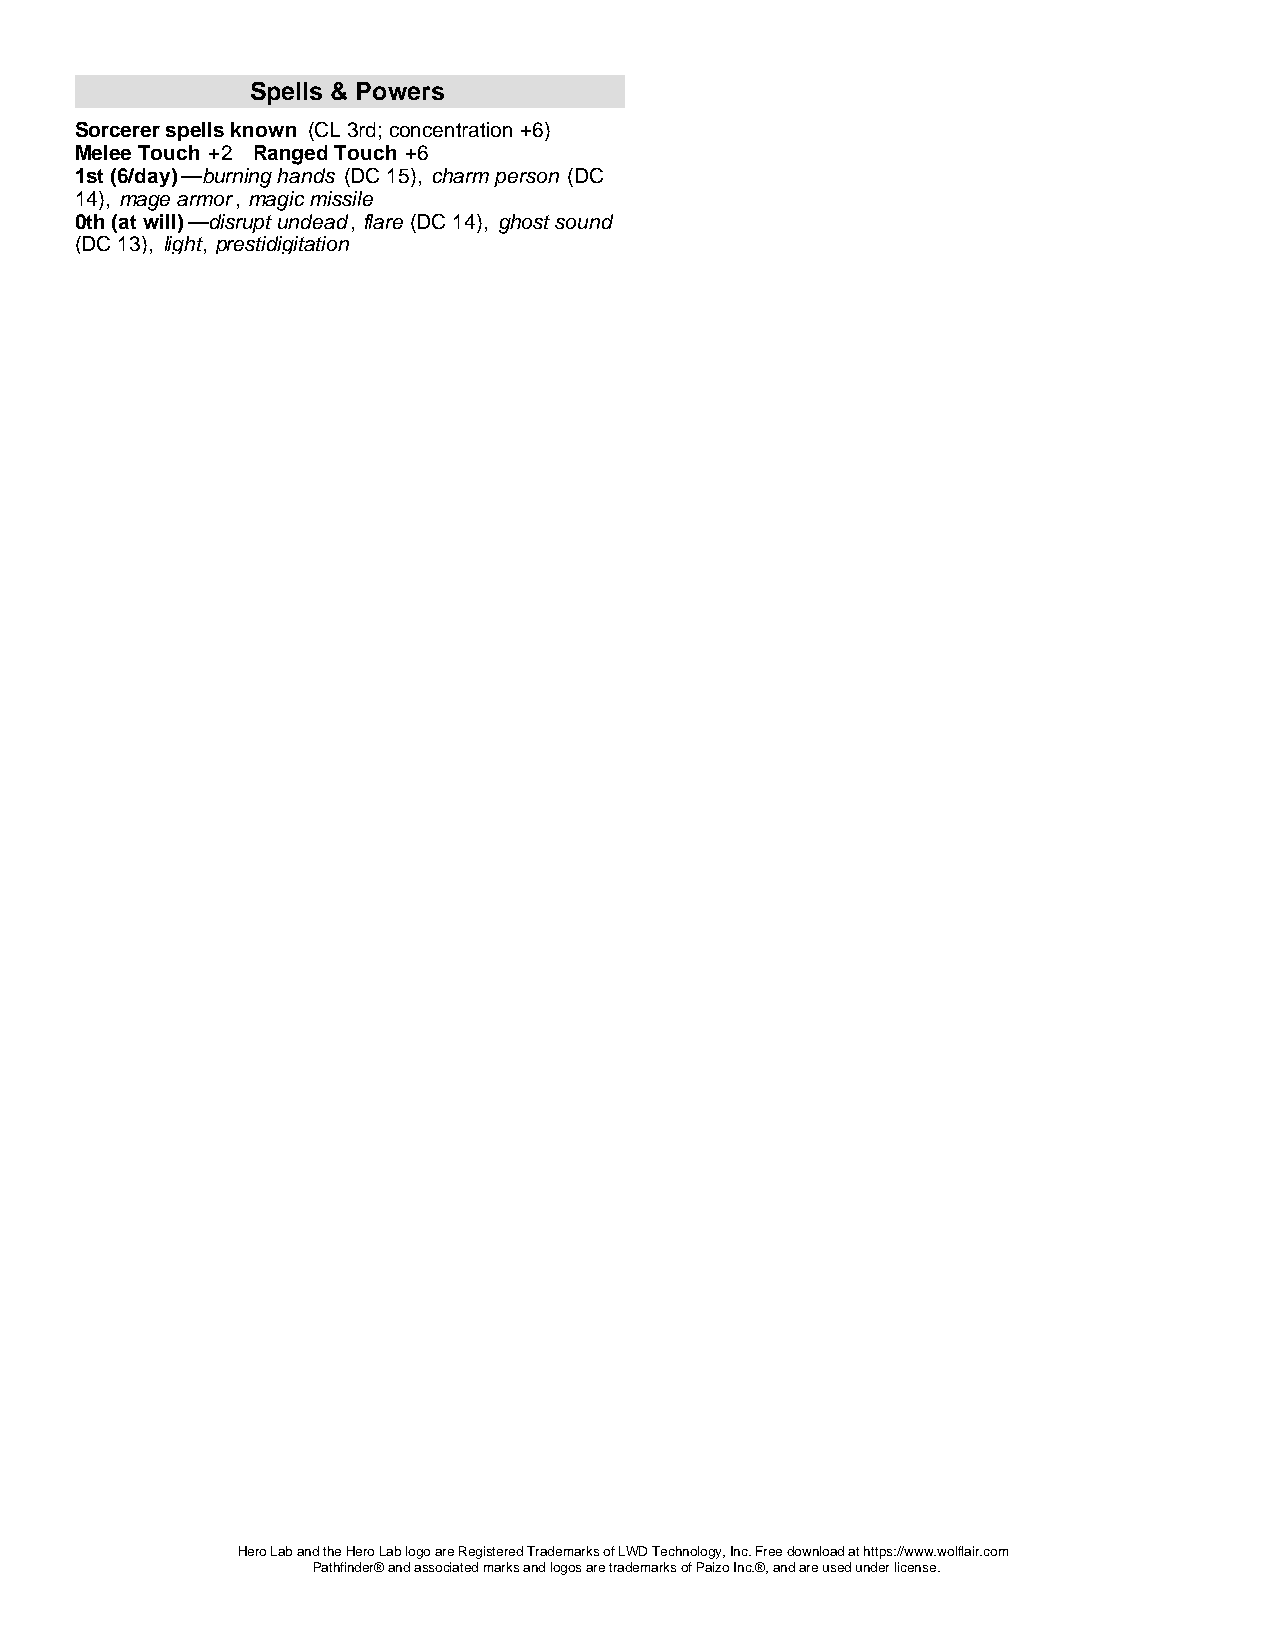
Spells & Powers
 Sorcerer spells known (CL 3rd; concentration +6)
 Melee Touch +2 Ranged Touch +6
 1st (6/day)—burning hands (DC 15), charm person (DC
 14), mage armor, magic missile
 0th (at will)—disrupt undead, flare (DC 14), ghost sound
 (DC 13), light, prestidigitation
 Hero Lab and the Hero Lab logo are Registered Trademarks of LWD Technology, Inc. Free download at https://www.wolflair.com
 Pathfinder® and associated marks and logos are trademarks of Paizo Inc.®, and are used under license.